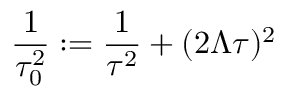
\frac { 1 } { \tau _ { 0 } ^ { 2 } } : = \frac { 1 } { \tau ^ { 2 } } + ( 2 \Lambda \tau ) ^ { 2 }